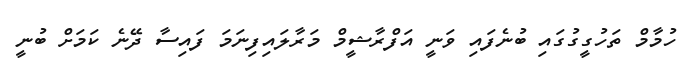
ހުމާމް ތަހުގީގުގައި ބުނެފައި ވަނީ އަފްރާޝީމް މަރާލައިފިނަމަ ފައިސާ ދޭނެ ކަމަށް ބުނީ